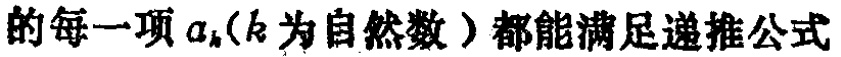
的每一项\(a_{k}(k\)为自然数\()\)都能满足递推公式